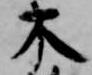
木